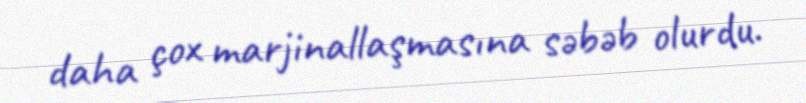
daha çox marjinallaşmasına səbəb olurdu.